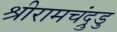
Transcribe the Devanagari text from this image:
श्रीरामचंद्रुडु